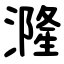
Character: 漋